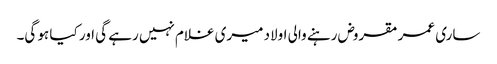
ساری عمر مقروض رہنے والی اولاد میری غلام نہیں رہے گی اور کیا ہو گی۔